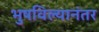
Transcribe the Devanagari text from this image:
भुषविल्यानंतर